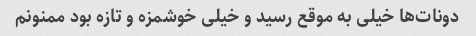
دونات‌ها خیلی به موقع رسید و خیلی خوشمزه و تازه بود ممنونم